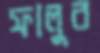
ফালুর